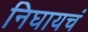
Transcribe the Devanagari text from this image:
निघायचं